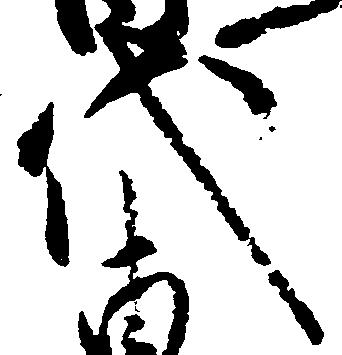
代